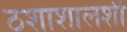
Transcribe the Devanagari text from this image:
ठशाशालशी